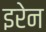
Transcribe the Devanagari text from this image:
इरेन